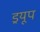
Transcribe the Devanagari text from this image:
ड्रयूप